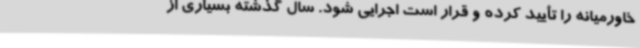
خاورمیانه را تأیید کرده و قرار است اجرایی شود. سال گذشته بسیاری از